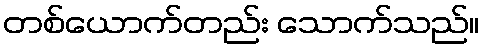
တစ်ယောက်တည်း သောက်သည်။